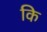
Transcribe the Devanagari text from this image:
कि